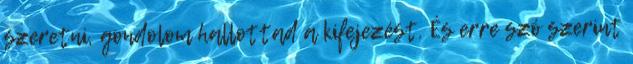
szeretni, gondolom hallottad a kifejezést. És erre szó szerint